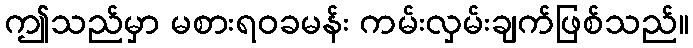
ဤသည်မှာ မစားရဝခမန်း ကမ်းလှမ်းချက်ဖြစ်သည်။